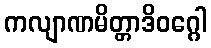
ကလျာဏမိတ္တာဒိဝဂ္ဂေါ